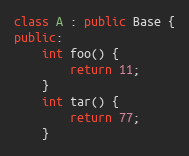
Language: C++
class A : public Base {
public:
    int foo() {
        return 11;
    }
    int tar() {
        return 77;
    }